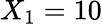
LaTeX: X_{1}=10